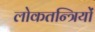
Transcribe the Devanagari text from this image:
लोकतन्त्रियों